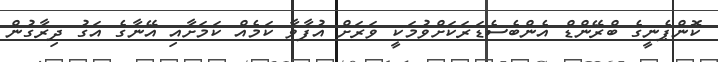
ކޮންޕެނީގެ ބްރޭންޑް އެންބެސެޑަރަކަށްވުމަކީ ވަރަށް އުފާވާ ކަމެއް ކަމަށާއި އޭނާގެ އަގު ދިރާގުން